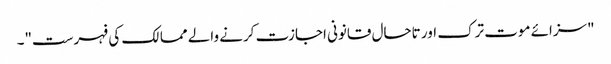
"سزائے موت ترک اور تاحال قانونی اجازت کرنے والے ممالک کی فہرست"۔